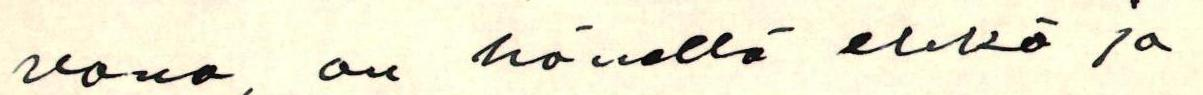
vana, on hänellä ehkä ja